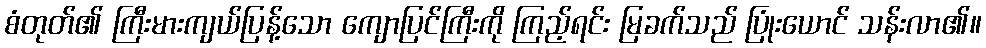
စံတုတ်၏ ကြီးမားကျယ်ပြန့်သော ကျောပြင်ကြီးကို ကြည့်ရင်း မြခက်သည် ပြုံးယောင် သန်းလာ၏။